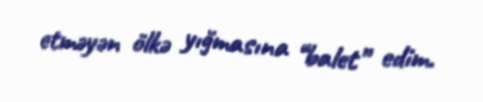
etməyən ölkə yığmasına “balet” edim.